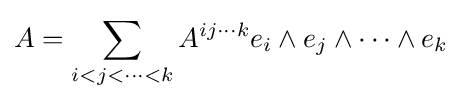
A=\sum _{i<j<\cdots <k}A^{ij\cdots k}e_{i}\wedge e_{j}\wedge \cdots \wedge e_{k}\